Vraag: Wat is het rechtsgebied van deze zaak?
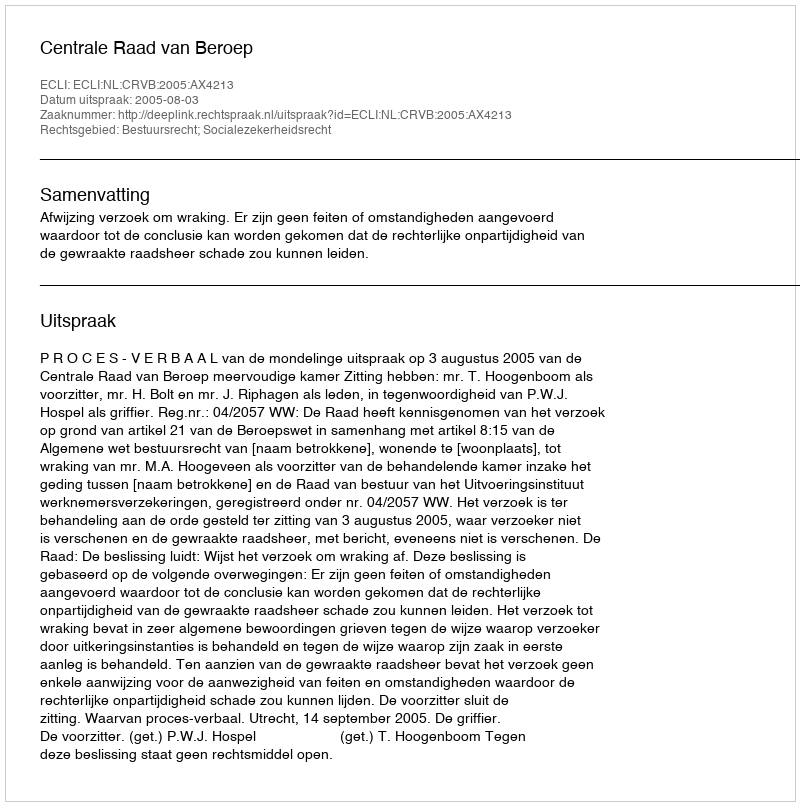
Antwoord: Bestuursrecht; Socialezekerheidsrecht